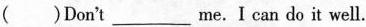
( )Don't ___ me.Ⅰcan do it well.